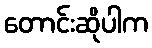
တောင်းဆိုပါက